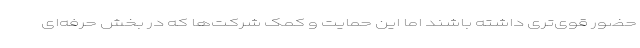
حضور قوی‌تری داشته باشند اما این حمایت و کمک شرکت‌ها که در بخش حرفه‌ای